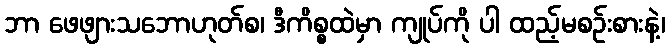
ဘာ ဖေဖျားသဘောဟုတ်စ၊ ဒီကိစ္စထဲမှာ ကျုပ်ကို ပါ ထည့်မစဉ်းစားနဲ့၊